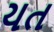
યત